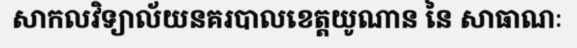
សាកលវិទ្យាល័យនគរបាលខេត្តយូណាន នៃ សាធាណៈ